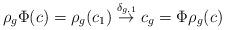
LaTeX: \begin{align*}\rho_g \Phi(c) = \rho_g(c_1) \overset{\delta_{g,1}}{\to} c_g = \Phi \rho_g(c)\end{align*}